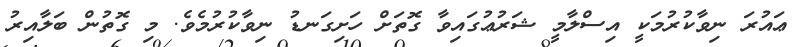
ޢައުރަ ނިވާކުރުމަކީ އިސްލާމީ ޝަރުޢުގައިވާ ގޮތަށް ހަށިގަނޑު ނިވާކުރުމެވެ. މި ގޮތުން ބަލާއިރު